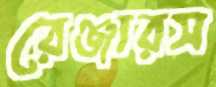
রেঞ্জারস